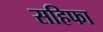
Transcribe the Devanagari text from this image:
सहिफा